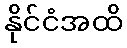
နိုင်ငံအထိ